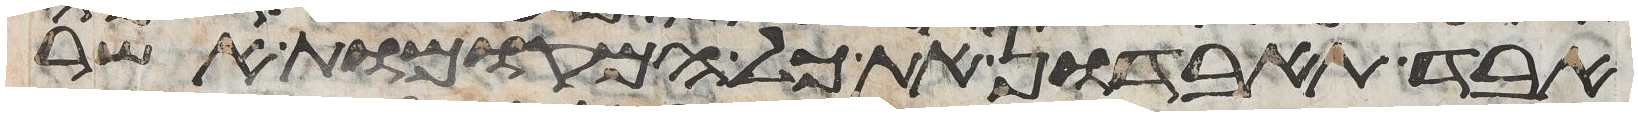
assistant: אבד תאבדון את כל המקומות אשר